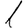
Digit: 1